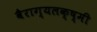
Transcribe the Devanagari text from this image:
वैराग्यलक्ष्मी